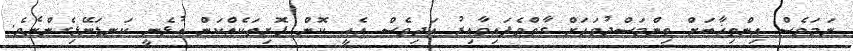
ނަމަވެސް އިންތިޚާބަށް ތިންމަސްދުވަހަށް ގާތްވެފައިވާއިރު އަދިވެސް އެއީ ކޮން ފޮށިތަކެއްކަން އުޅެނީ ކަނޑަނޭޅިގެންނެވެ.